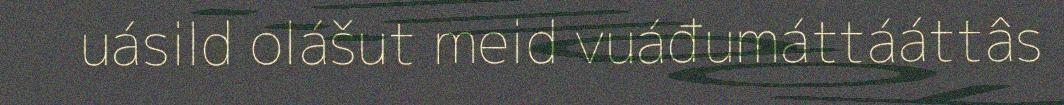
uásild olášut meid vuáđumáttááttâs